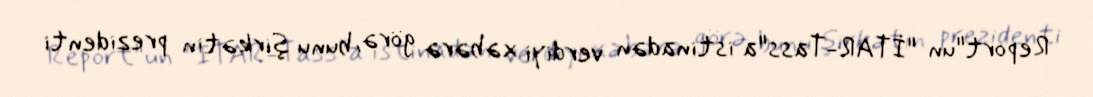
Report"un "İTAR-Tass"a istinadən verdiyi xəbərə görə, bunu şirkətin prezidenti